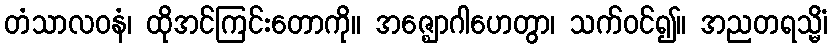
တံသာလဝနံ၊ ထိုအင်ကြင်းတောကို။ အဇ္ဈောဂါဟေတွာ၊ သက်ဝင်၍။ အညတရသ္မိံ၊